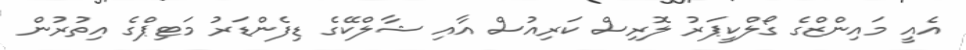
އެއީ މައިންޒްގެ ގޯލްކީޕަރު ލޮރިސް ކަރިއުސް އާއި ޝާލްކޭގެ ޑިފެންޑަރު މަޓިޕްގެ އިތުރުން